Source: Handwritten
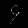
Digit: ၄ (4)